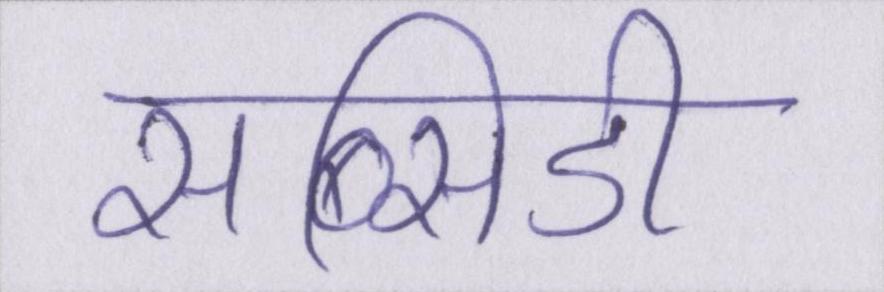
सब्सिडी